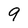
Character: 9